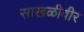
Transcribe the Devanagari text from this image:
साखळीवीर